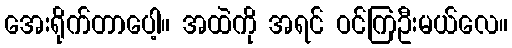
အေးရိုက်တာပေါ့။ အထဲကို အရင် ဝင်ကြဦးမယ်လေ။